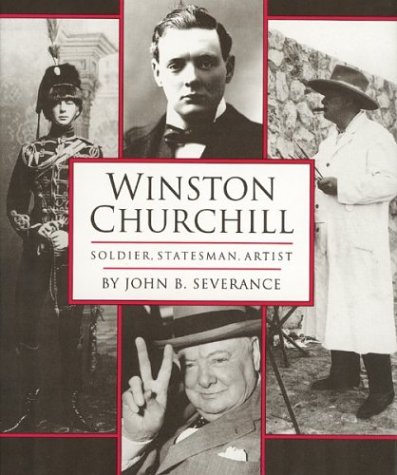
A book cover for Winston Churchill: Soldier, Statesman, Artist; John B. Severance; Biographies & Memoirs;